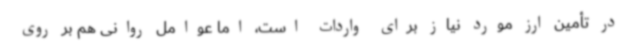
در تأمین ارز مورد نیاز برای واردات است، اما عوامل روانی هم بر روی